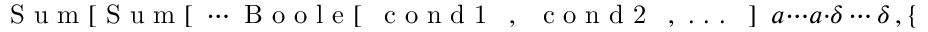
\mathrm { ~ S ~ u ~ m ~ [ ~ S ~ u ~ m ~ [ ~ } \cdots \mathrm { ~ B ~ o ~ o ~ l ~ e ~ [ ~ \, ~ c ~ o ~ n ~ d ~ 1 ~ \, ~ , ~ \, ~ c ~ o ~ n ~ d ~ 2 ~ \, ~ , ~ . ~ . ~ . ~ \, ~ ] ~ } \ a { \cdots } a \cdot \delta \cdots \delta \, , \{ i , 1 , \ell \} ] , ] , \{ j , 1 , \ell \} ] \cdots ] \ .